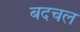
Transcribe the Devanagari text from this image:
बदचल